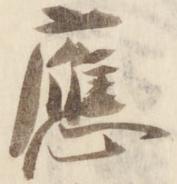
応